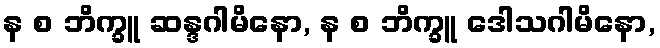
န စ ဘိက္ခူ ဆန္ဒဂါမိနော, န စ ဘိက္ခူ ဒေါသဂါမိနော,